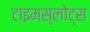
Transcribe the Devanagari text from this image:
टाइमस्लोट्स